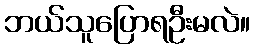
ဘယ်သူပြောရဦးမလဲ။